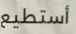
أستطيع